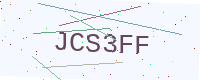
Text: JCS3FF